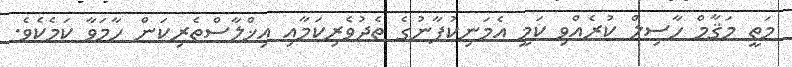
މަތީ މަޤާމް ހާސިލް ކުރެއްވި ކަމީ އެމަނިކުފާނުގެ ތެދުވެރިކަމާއި އިޚްލާސްތެރިކަން ހާމަވާ ކަމެކެވެ.